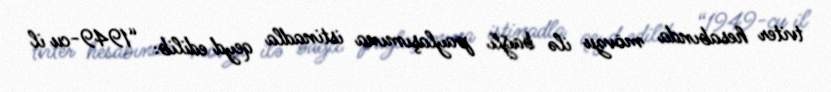
tviter hesabında mövzu ilə bağlı paylaşımına istinadla qeyd edilib: “1949-cu il